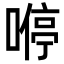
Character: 𠼵